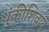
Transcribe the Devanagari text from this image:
थुंकीशिवाय